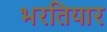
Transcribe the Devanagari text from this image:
भरतियार